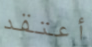
أعتقد